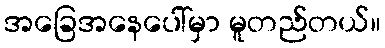
အခြေအနေပေါ်မှာ မူတည်တယ်။